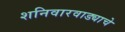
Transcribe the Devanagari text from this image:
शनिवारवाड्याचे